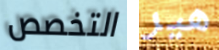
التخصص هير